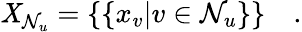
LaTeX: \mathit{X}_{\mathcal{{N}}_{u}}=\{ \{ x_{v}|v\in\mathcal{{N}}_{u}\} \} \quad.